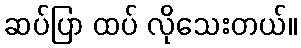
ဆပ်ပြာ ထပ် လိုသေးတယ်။